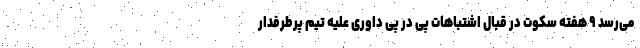
می‌رسد ۹ هفته سکوت در قبال اشتباهات پی در پی داوری علیه تیم پرطرفدار